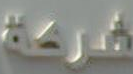
شركة